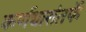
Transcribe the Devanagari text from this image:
कर्णधारांतर्फे